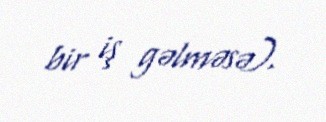
bir iş gəlməsə).